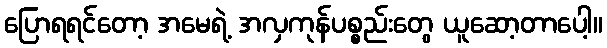
ပြောရရင်တော့ အမေရဲ့ အလှကုန်ပစ္စည်းတွေ ယူဆော့တာပေါ့။